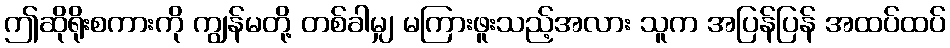
ဤဆိုရိုးစကားကို ကျွန်မတို့ တစ်ခါမျှ မကြားဖူးသည့်အလား သူက အပြန်ပြန် အထပ်ထပ်